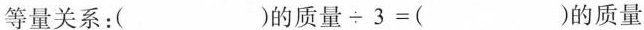
等量关系：( )的质量 \div 3=( )的质量